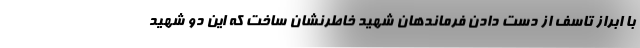
با ابراز تاسف از دست دادن فرماندهان شهید خاطرنشان ساخت که این دو شهید